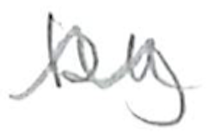
Text: by
Cross-out: wave
Writing tool: pencil